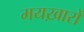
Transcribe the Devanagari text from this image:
मयख़ारों